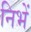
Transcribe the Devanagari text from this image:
निभें